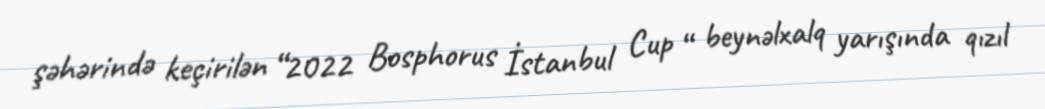
şəhərində keçirilən “2022 Bosphorus İstanbul Cup “ beynəlxalq yarışında qızıl